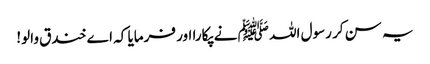
یہ سن کر رسول اللہ ﷺ نے پکارا اور فرمایا کہ اے خندق والو!